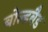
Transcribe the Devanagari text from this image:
बोल्डबैड